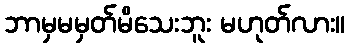
ဘာမှမမှတ်မိသေးဘူး မဟုတ်လား။